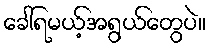
ခေါ်ရမယ့်အရွယ်တွေပဲ။